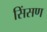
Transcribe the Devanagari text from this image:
सिंसण